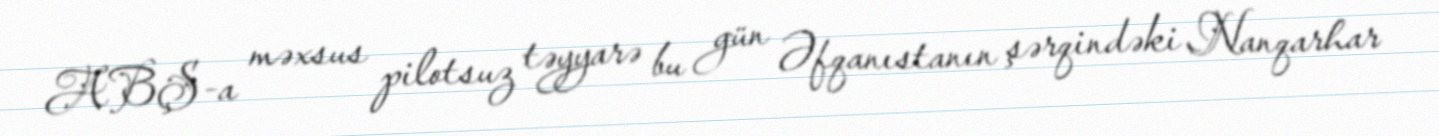
ABŞ-a məxsus pilotsuz təyyarə bu gün Əfqanıstanın şərqindəki Nanqarhar